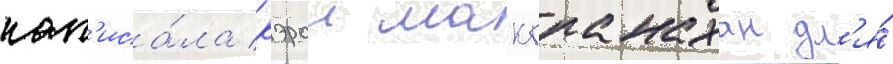
нап'иса́ла кэрол макгранахан дл'я́